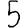
Digit: 5